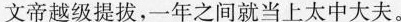
文帝越级提拔,一年之间就当上太中大夫。